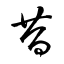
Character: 昔